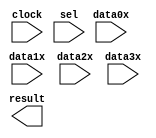
// megafunction wizard: %LPM_MUX%VBB%
// GENERATION: STANDARD
// VERSION: WM1.0
// MODULE: LPM_MUX 

// ============================================================
// Megafunction Name(s):
// 			LPM_MUX
//
// Simulation Library Files(s):
// 			lpm
// ============================================================
// ************************************************************
// THIS IS A WIZARD-GENERATED FILE. DO NOT EDIT THIS FILE!
//
// 14.1.0 Build 186 12/03/2014 SJ Full Version
// ************************************************************

//Copyright (C) 1991-2014 Altera Corporation. All rights reserved.
//Your use of Altera Corporation's design tools, logic functions 
//and other software and tools, and its AMPP partner logic 
//functions, and any output files from any of the foregoing 
//(including device programming or simulation files), and any 
//associated documentation or information are expressly subject 
//to the terms and conditions of the Altera Program License 
//Subscription Agreement, the Altera Quartus II License Agreement,
//the Altera MegaCore Function License Agreement, or other 
//applicable license agreement, including, without limitation, 
//that your use is for the sole purpose of programming logic 
//devices manufactured by Altera and sold by Altera or its 
//authorized distributors.  Please refer to the applicable 
//agreement for further details.

module mux_4to1_16 (
	clock,
	data0x,
	data1x,
	data2x,
	data3x,
	sel,
	result);

	input	  clock;
	input	[15:0]  data0x;
	input	[15:0]  data1x;
	input	[15:0]  data2x;
	input	[15:0]  data3x;
	input	[1:0]  sel;
	output	[15:0]  result;

endmodule

// ============================================================
// CNX file retrieval info
// ============================================================
// Retrieval info: PRIVATE: INTENDED_DEVICE_FAMILY STRING "Cyclone V"
// Retrieval info: PRIVATE: SYNTH_WRAPPER_GEN_POSTFIX STRING "0"
// Retrieval info: PRIVATE: new_diagram STRING "1"
// Retrieval info: LIBRARY: lpm lpm.lpm_components.all
// Retrieval info: CONSTANT: LPM_PIPELINE NUMERIC "1"
// Retrieval info: CONSTANT: LPM_SIZE NUMERIC "4"
// Retrieval info: CONSTANT: LPM_TYPE STRING "LPM_MUX"
// Retrieval info: CONSTANT: LPM_WIDTH NUMERIC "16"
// Retrieval info: CONSTANT: LPM_WIDTHS NUMERIC "2"
// Retrieval info: USED_PORT: clock 0 0 0 0 INPUT NODEFVAL "clock"
// Retrieval info: USED_PORT: data0x 0 0 16 0 INPUT NODEFVAL "data0x[15..0]"
// Retrieval info: USED_PORT: data1x 0 0 16 0 INPUT NODEFVAL "data1x[15..0]"
// Retrieval info: USED_PORT: data2x 0 0 16 0 INPUT NODEFVAL "data2x[15..0]"
// Retrieval info: USED_PORT: data3x 0 0 16 0 INPUT NODEFVAL "data3x[15..0]"
// Retrieval info: USED_PORT: result 0 0 16 0 OUTPUT NODEFVAL "result[15..0]"
// Retrieval info: USED_PORT: sel 0 0 2 0 INPUT NODEFVAL "sel[1..0]"
// Retrieval info: CONNECT: @clock 0 0 0 0 clock 0 0 0 0
// Retrieval info: CONNECT: @data 0 0 16 0 data0x 0 0 16 0
// Retrieval info: CONNECT: @data 0 0 16 16 data1x 0 0 16 0
// Retrieval info: CONNECT: @data 0 0 16 32 data2x 0 0 16 0
// Retrieval info: CONNECT: @data 0 0 16 48 data3x 0 0 16 0
// Retrieval info: CONNECT: @sel 0 0 2 0 sel 0 0 2 0
// Retrieval info: CONNECT: result 0 0 16 0 @result 0 0 16 0
// Retrieval info: GEN_FILE: TYPE_NORMAL mux_4to1_16.v TRUE
// Retrieval info: GEN_FILE: TYPE_NORMAL mux_4to1_16.inc FALSE
// Retrieval info: GEN_FILE: TYPE_NORMAL mux_4to1_16.cmp FALSE
// Retrieval info: GEN_FILE: TYPE_NORMAL mux_4to1_16.bsf FALSE
// Retrieval info: GEN_FILE: TYPE_NORMAL mux_4to1_16_inst.v TRUE
// Retrieval info: GEN_FILE: TYPE_NORMAL mux_4to1_16_bb.v TRUE
// Retrieval info: LIB_FILE: lpm